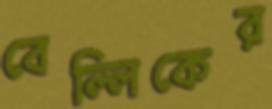
বেল্লিকের